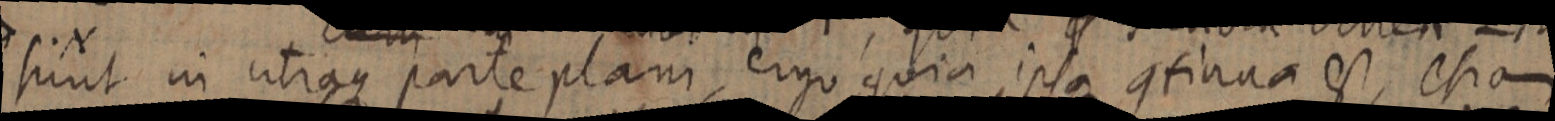
sunt in utraque parte plani, ergo quia ipsa continua est, etiam